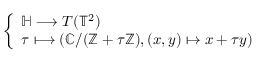
\left\{ \begin{array} { l l } { \mathbb { H } \longrightarrow T ( \mathbb { T } ^ { 2 } ) } \\ { \tau \longmapsto ( \mathbb { C } / ( \mathbb { Z } + \tau \mathbb { Z } ) , ( x , y ) \mapsto x + \tau y ) } \end{array} \right.